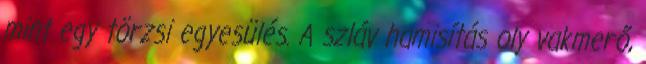
mint egy törzsi egyesülés. A szláv hamisítás oly vakmerő,